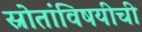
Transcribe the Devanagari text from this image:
स्रोतांविषयीची